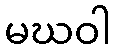
မဃဝါ